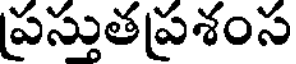
ప్రస్తుతప్రశంస